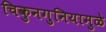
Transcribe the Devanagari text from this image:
चिकुनगुनियामुळे